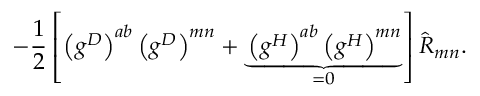
- \frac { 1 } { 2 } \left[ \left( g ^ { D } \right) ^ { a b } \left( g ^ { D } \right) ^ { m n } + \underbrace { \left( g ^ { H } \right) ^ { a b } \left( g ^ { H } \right) ^ { m n } } _ { = 0 } \right] \hat { R } _ { m n } .